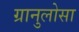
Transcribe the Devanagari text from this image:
ग्रानुलोसा